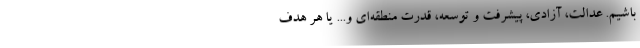
باشیم. عدالت، آزادی، پیشرفت و توسعه، قدرت منطقه‌ای و... یا هر هدف